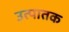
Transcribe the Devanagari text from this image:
उत्पातक